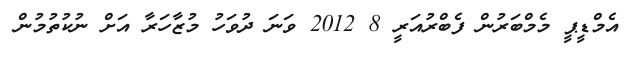
އެމްޑީޕީ މެމްބަރުން ފެބްރުއަރީ 8 2012 ވަނަ ދުވަހު މުޒާހަރާ އަށް ނުކުތުމުން